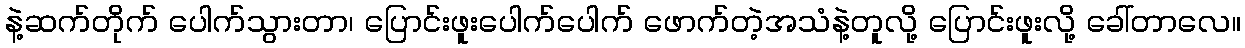
နဲ့ဆက်တိုက် ပေါက်သွားတာ၊ ပြောင်းဖူးပေါက်ပေါက် ဖောက်တဲ့အသံနဲ့တူလို့ ပြောင်းဖူးလို့ ခေါ်တာလေ။